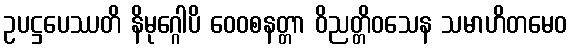
ဥပဋ္ဌပေဿတိ နိမုဂ္ဂေါပိ ဝေဝစနတ္တာ ဝိညတ္တိဝသေန သမာဟိတမေဝ